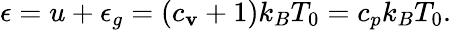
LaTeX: \epsilon=u+\epsilon_{g}=(c_{\mathbf{v}}+1)k_{B}T_{0}=c_{p}k_{B}T_{0}.